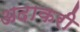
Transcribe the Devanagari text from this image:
अदाकरी